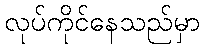
လုပ်ကိုင်နေသည်မှာ